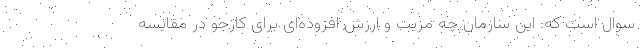
سوال است که: این سازمان چه مزیت و ارزش افزوده‌ای برای کارجو در مقایسه